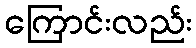
ကြောင်းလည်း